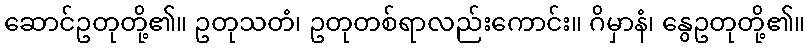
ဆောင်ဥတုတို့၏။ ဥတုသတံ၊ ဥတုတစ်ရာလည်းကောင်း။ ဂိမှာနံ၊ နွေဥတုတို့၏။